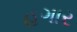
હગાર